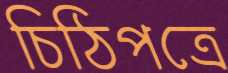
চিঠিপত্রে